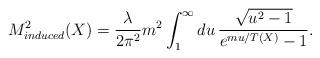
LaTeX: \begin{align*}M^2_{induced} (X) = \frac{\lambda}{2 \pi^2} m^2 \int_1^\infty d u \, \frac{\sqrt{u^2 - 1}}{e^{m u / T (X)} - 1} .\end{align*}